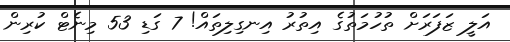
އަލީ ޒަފަރަށް ތުހުމަތުގެ އިތުރު އިނގިލިތައް! 7 ގަޑި 53 މިނެޓް ކުރިން